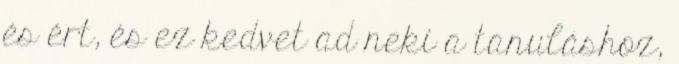
és ért, és ez kedvet ad neki a tanuláshoz,